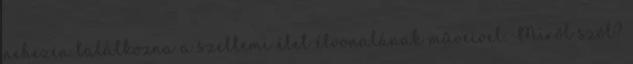
nehezen találkozna a szellemi élet élvonalának műveivel. Miről szól?